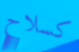
كسلاح